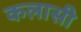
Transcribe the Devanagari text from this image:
कलासी